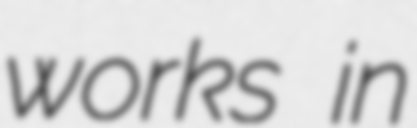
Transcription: works in